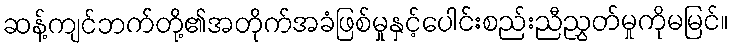
ဆန့်ကျင်ဘက်တို့၏အတိုက်အခံဖြစ်မှုနှင့်ပေါင်းစည်းညီညွှတ်မှုကိုမမြင်။